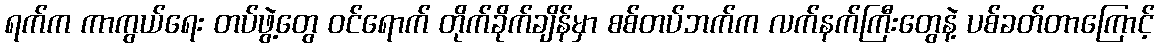
ရက်က ကာကွယ်ရေး တပ်ဖွဲ့တွေ ဝင်ရောက် တိုက်ခိုက်ချိန်မှာ စစ်တပ်ဘက်က လက်နက်ကြီးတွေနဲ့ ပစ်ခတ်တာကြောင့်